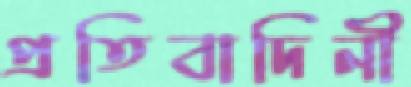
প্রতিবাদিনী